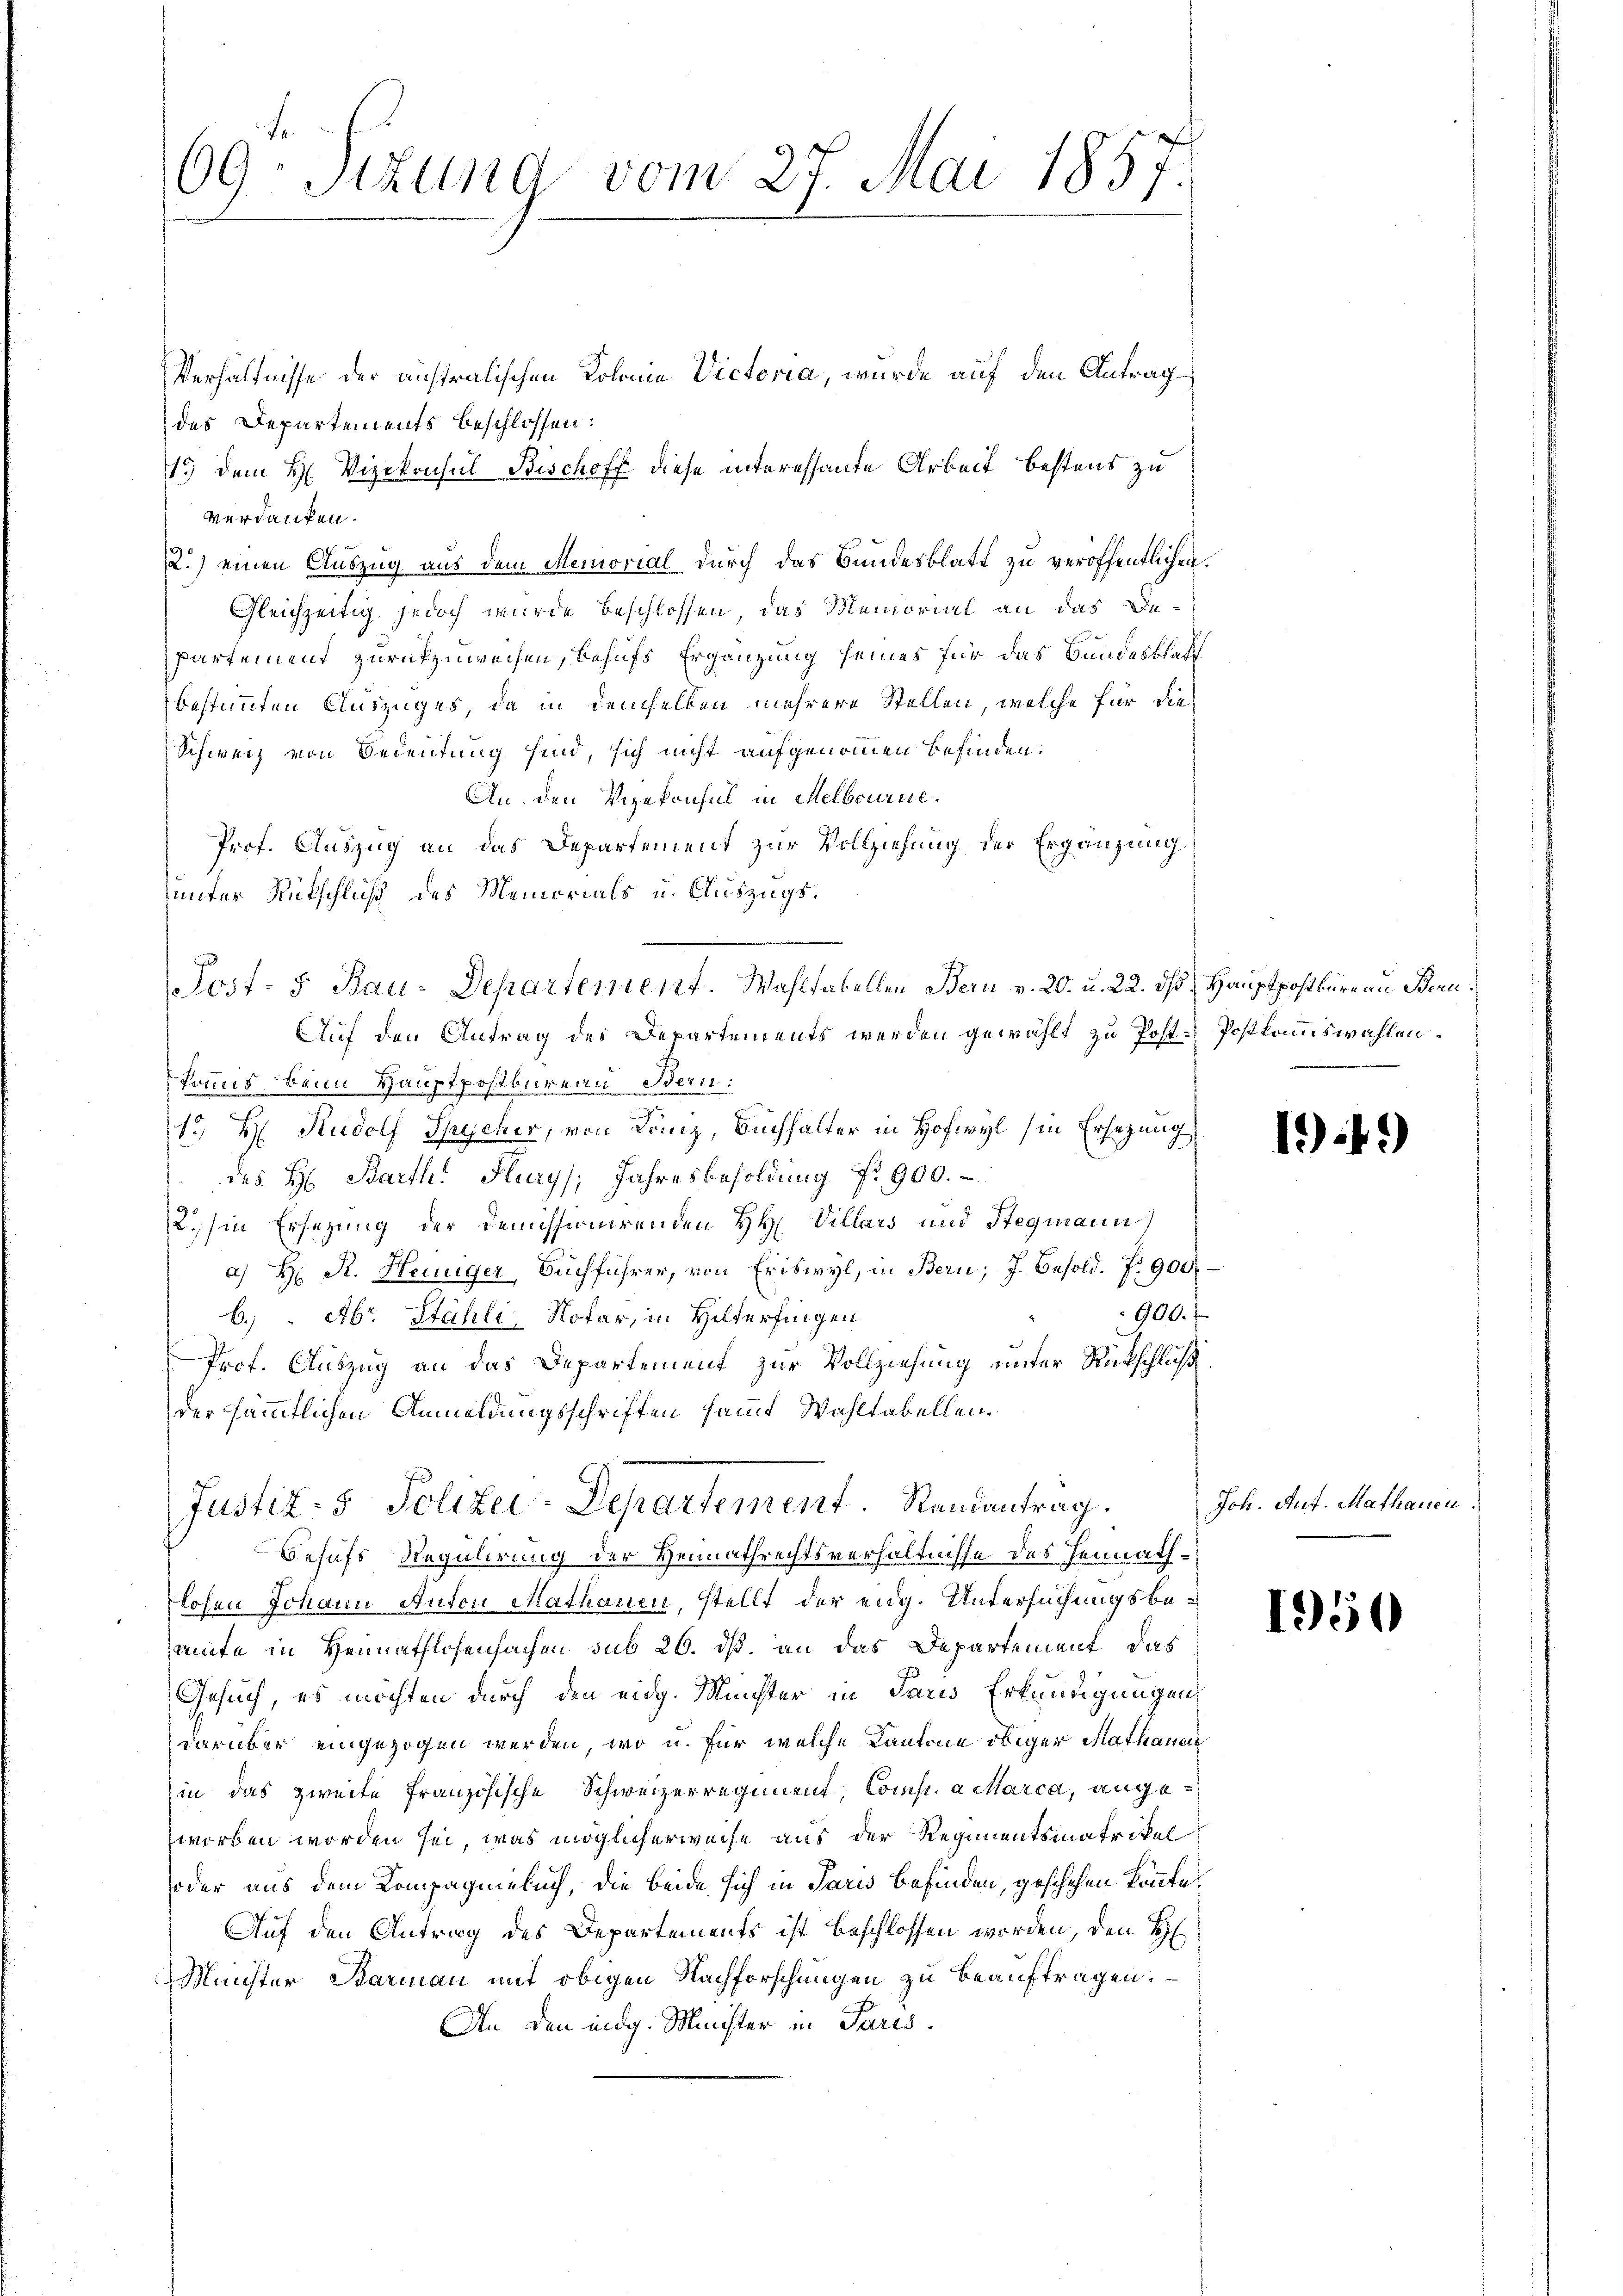
69 Sizung vom 27. Mai 1857.

Verhältnisse der anstralischen Kolonia Victoria, wurde auf den Antrag
des Departements beschlossen:
15) dem H. Vizekonsul Bischoff diese interessante Arbeit bestens zu
verdanken.
2.) einen Auszug aus dem Memorial durch das Bundesblatt zu veröffentlichen
Gleichzeitig jedoch wurde beschlossen, das Memorial an das De¬
Partement zurückzuweisen, behufs Ergänzung seines für das Bundesblatt
bestimmten Auszuges, da in demselben mehrere Stellen, welche für die
Schweiz von Bedeutung sind, sich nicht aufgenommen befinden.
An den Vizekonsul in Melbourne.
Prof. Auszug an das Departement zur Vollziehung der Ergänzung
unter Rückschluß des Memorials u. Auszugs¬
Post- 5. Bau-Departement. Wahltatellen Bern v. 20. u. 22. ds Hauptpostbüreau Beru¬
Auf den Antrag des Departements werden gewählt zu Post-Postkrimswahlen.
kanus beim Haustpostbureau Bern:
1o Hr. Rudolf Spycher, von Lanz, Buchhalter in Hofwyl (in Ersezung
des H. Barth. Flury, Jahresbesoldung Nr 900.
2.Ein Ersezung der Demissionirenden HH Villars und Stegmann
a) Hr. R. Heuüger, Buchführer, von Eriswyl, in Bern; J. Besold. P. 900.
900.
6.) " Abr. Stähli, Notar, in Hilderfingen
Prof. Auszug an das Departement zur Vollziehung unter Rückschluß
der sämmtlichen Anmeldungsschriften samt Wahltabellen.
Justiz- & Polizei-Departement. Randantrag.
Behufs Regulirung der Heimathrechtsverhältnisse des Heimath-
losen Johann Anton Mathanen, stellt der eng. Untersuchungsbeamte in Heimathlosenfachen sub 26. ds. an das Departement, das
Gesuch, es möchten durch den eidg. Meister in Paris Erkundigungen
darüber eingezogen werden, wo u. für welche Kantone obiger Mathauen
in das zweite französische Schweizerregiment, Comp. a Marca, augeworben worden sei, was möglicherweise aus der Regimentsmatrikel
oder aus dem Kompagniebuch, die beide sich in Paris befinden, geschehen könnte.
Auf den Antrag des Departements ist beschlossen worden, den H
Münster Starian mit obigen Nachforschungen zu beauftragen.
An den eidg. Minister in Paris.

1949)

Joh. Auf. Mathanen:

1950